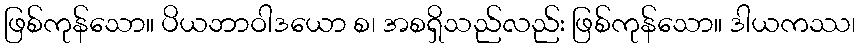
ဖြစ်ကုန်သော။ ပိယဘာဝါဒယော စ၊ အစရှိသည်လည်း ဖြစ်ကုန်သော။ ဒါယကဿ၊